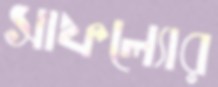
সাফল্যোর